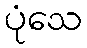
ပုံသေ